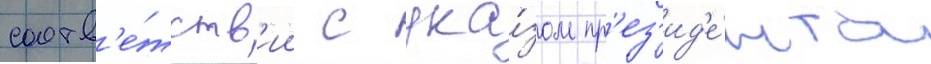
соотв'е́тств'ии с ука́зом пр'ез'ид'е́нта